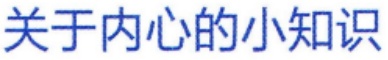
关于内心的小知识